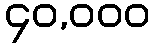
၄၀,၀၀၀